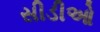
સીડીઓ